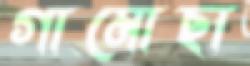
গামোছা